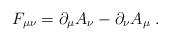
LaTeX: \begin{align*}F_{\mu \nu }=\partial _\mu A_\nu -\partial _\nu A_\mu \;. \end{align*}